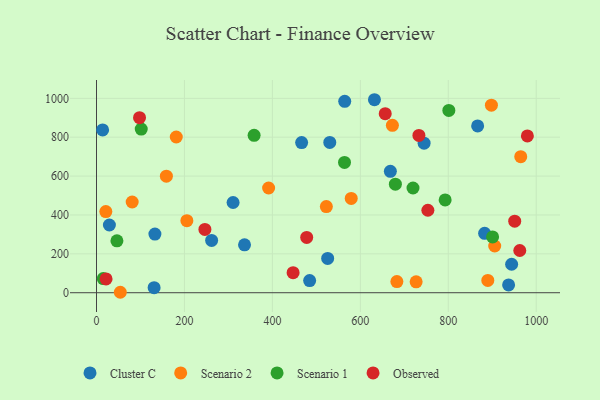
{"axis": {"x": "Study Hours", "y": "Yield"}, "legend": ["Cluster C", "Observed", "Scenario 1", "Scenario 2"], "data": [{"x": "13.9", "y": 837.6, "type": "Cluster C"}, {"x": "530.5", "y": 773.3, "type": "Cluster C"}, {"x": "484.7", "y": 62.4, "type": "Cluster C"}, {"x": "29.3", "y": 348.4, "type": "Cluster C"}, {"x": "668.3", "y": 624.4, "type": "Cluster C"}, {"x": "261.8", "y": 269.1, "type": "Cluster C"}, {"x": "937.2", "y": 40.1, "type": "Cluster C"}, {"x": "310.6", "y": 464.1, "type": "Cluster C"}, {"x": "944.1", "y": 146.5, "type": "Cluster C"}, {"x": "131.0", "y": 26.2, "type": "Cluster C"}, {"x": "866.8", "y": 858.0, "type": "Cluster C"}, {"x": "132.8", "y": 301.9, "type": "Cluster C"}, {"x": "336.6", "y": 246.3, "type": "Cluster C"}, {"x": "632.1", "y": 992.8, "type": "Cluster C"}, {"x": "466.5", "y": 772.6, "type": "Cluster C"}, {"x": "564.5", "y": 984.7, "type": "Cluster C"}, {"x": "525.7", "y": 176.6, "type": "Cluster C"}, {"x": "882.7", "y": 305.5, "type": "Cluster C"}, {"x": "745.0", "y": 769.2, "type": "Cluster C"}, {"x": "726.9", "y": 56.1, "type": "Scenario 2"}, {"x": "898.1", "y": 964.9, "type": "Scenario 2"}, {"x": "21.2", "y": 417.5, "type": "Scenario 2"}, {"x": "964.8", "y": 699.8, "type": "Scenario 2"}, {"x": "579.3", "y": 485.3, "type": "Scenario 2"}, {"x": "158.9", "y": 599.7, "type": "Scenario 2"}, {"x": "672.9", "y": 861.2, "type": "Scenario 2"}, {"x": "522.7", "y": 443.3, "type": "Scenario 2"}, {"x": "683.1", "y": 57.1, "type": "Scenario 2"}, {"x": "205.5", "y": 370.6, "type": "Scenario 2"}, {"x": "81.1", "y": 466.7, "type": "Scenario 2"}, {"x": "54.1", "y": 2.3, "type": "Scenario 2"}, {"x": "905.6", "y": 240.4, "type": "Scenario 2"}, {"x": "181.4", "y": 801.0, "type": "Scenario 2"}, {"x": "889.9", "y": 63.1, "type": "Scenario 2"}, {"x": "391.4", "y": 538.6, "type": "Scenario 2"}, {"x": "679.7", "y": 558.3, "type": "Scenario 1"}, {"x": "46.4", "y": 267.2, "type": "Scenario 1"}, {"x": "801.3", "y": 937.7, "type": "Scenario 1"}, {"x": "719.8", "y": 538.7, "type": "Scenario 1"}, {"x": "101.7", "y": 842.0, "type": "Scenario 1"}, {"x": "15.4", "y": 72.7, "type": "Scenario 1"}, {"x": "792.9", "y": 477.3, "type": "Scenario 1"}, {"x": "900.8", "y": 286.9, "type": "Scenario 1"}, {"x": "564.0", "y": 670.3, "type": "Scenario 1"}, {"x": "358.4", "y": 809.9, "type": "Scenario 1"}, {"x": "246.5", "y": 325.7, "type": "Observed"}, {"x": "979.9", "y": 806.8, "type": "Observed"}, {"x": "962.6", "y": 217.3, "type": "Observed"}, {"x": "97.8", "y": 900.3, "type": "Observed"}, {"x": "447.1", "y": 103.3, "type": "Observed"}, {"x": "656.6", "y": 921.0, "type": "Observed"}, {"x": "733.2", "y": 809.3, "type": "Observed"}, {"x": "21.7", "y": 71.0, "type": "Observed"}, {"x": "951.1", "y": 367.9, "type": "Observed"}, {"x": "478.0", "y": 284.5, "type": "Observed"}, {"x": "753.6", "y": 424.2, "type": "Observed"}]}